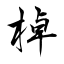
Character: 棹